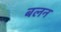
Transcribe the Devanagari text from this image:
बलन